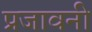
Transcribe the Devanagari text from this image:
प्रजावनी